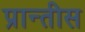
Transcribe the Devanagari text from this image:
प्रान्तीस